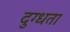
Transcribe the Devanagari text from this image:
दुग्धता